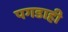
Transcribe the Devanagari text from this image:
पगडाही